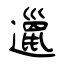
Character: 邋